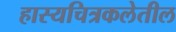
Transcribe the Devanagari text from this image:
हास्यचित्रकलेतील